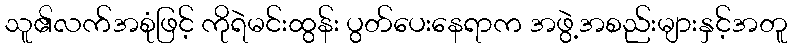
သူ၏လက်အစုံဖြင့် ကိုရဲမင်းထွန်း ပွတ်ပေးနေရာက အဖွဲ့အစည်းများနှင့်အတူ